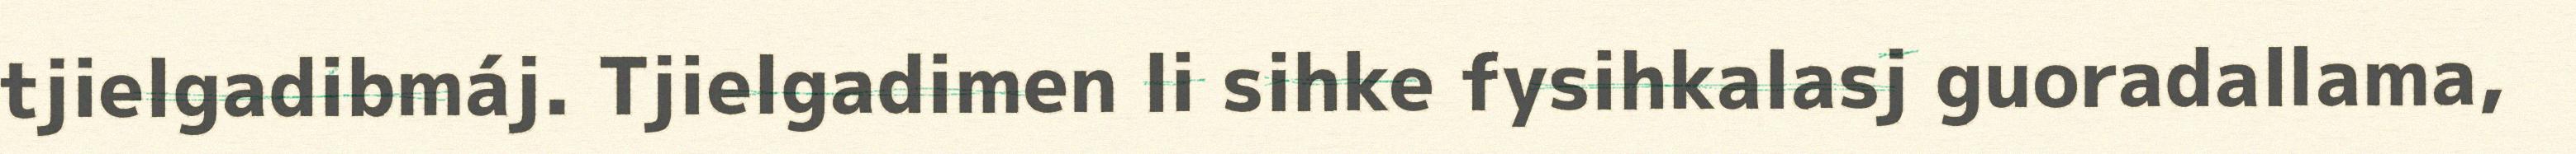
tjielgadibmáj. Tjielgadimen li sihke fysihkalasj guoradallama,